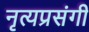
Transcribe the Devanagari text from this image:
नृत्यप्रसंगी